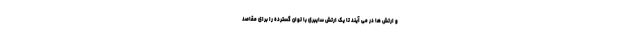
و ارتش ها در می آیند تا یک ارتش سایبری با توان گسترده را برای مقاصد